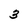
Character: 3